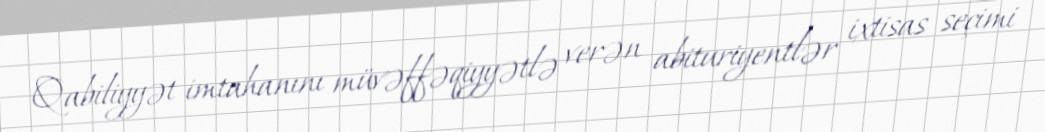
Qabiliyyət imtahanını müvəffəqiyyətlə verən abituriyentlər ixtisas seçimi